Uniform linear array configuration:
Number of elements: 8
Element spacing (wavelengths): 0.75
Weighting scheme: exponential
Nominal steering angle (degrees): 0
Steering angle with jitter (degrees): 1.657
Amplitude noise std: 0.05
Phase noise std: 0.05

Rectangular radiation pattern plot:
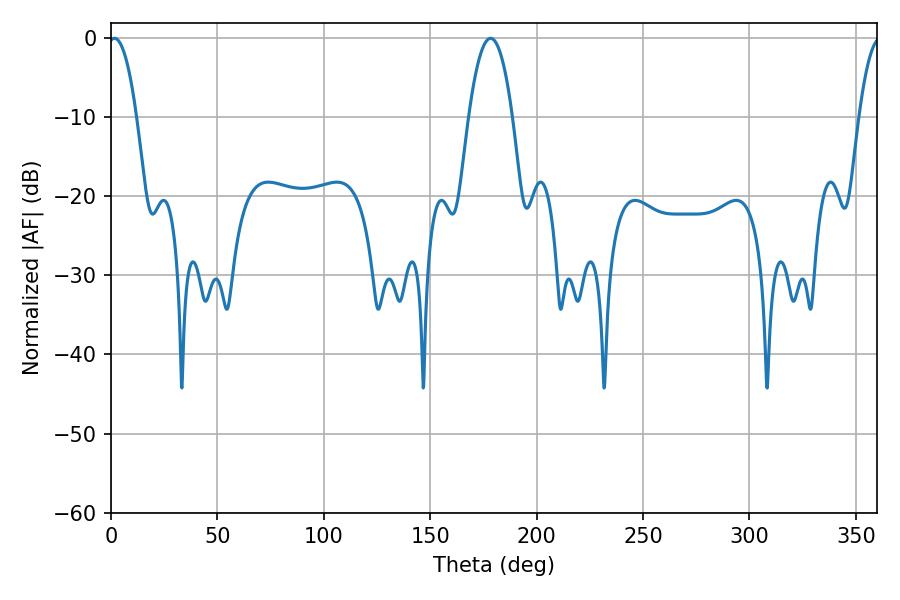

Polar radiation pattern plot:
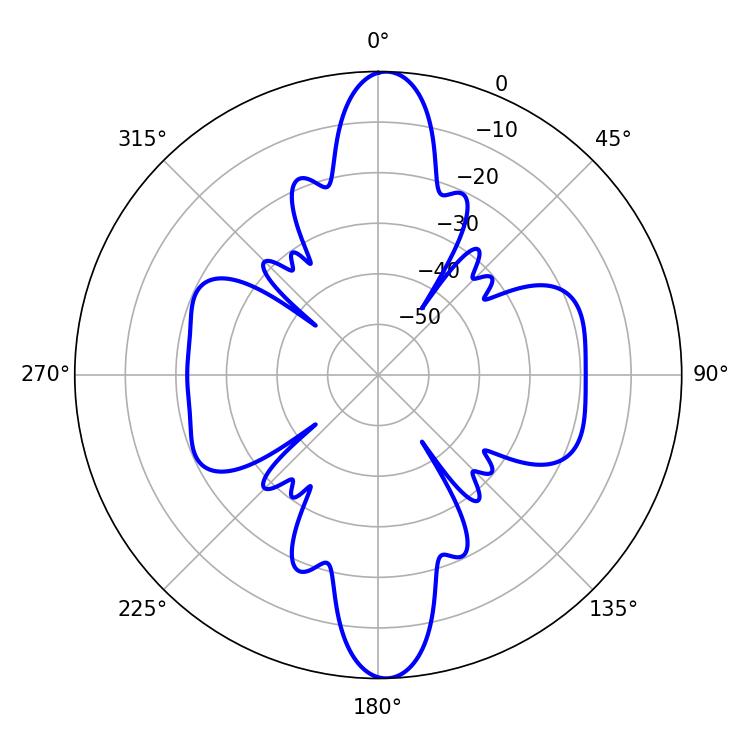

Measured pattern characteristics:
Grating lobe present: TRUE
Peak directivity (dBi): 20.714
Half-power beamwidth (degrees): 7.38
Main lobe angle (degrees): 1.62